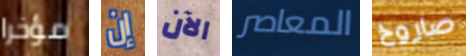
مؤخرا إن الآن المعاصر صاروخ